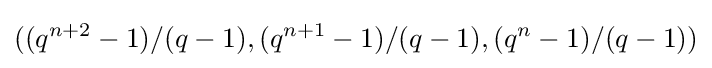
((q^{n+2}-1)/(q-1),(q^{n+1}-1)/(q-1),(q^{n}-1)/(q-1))